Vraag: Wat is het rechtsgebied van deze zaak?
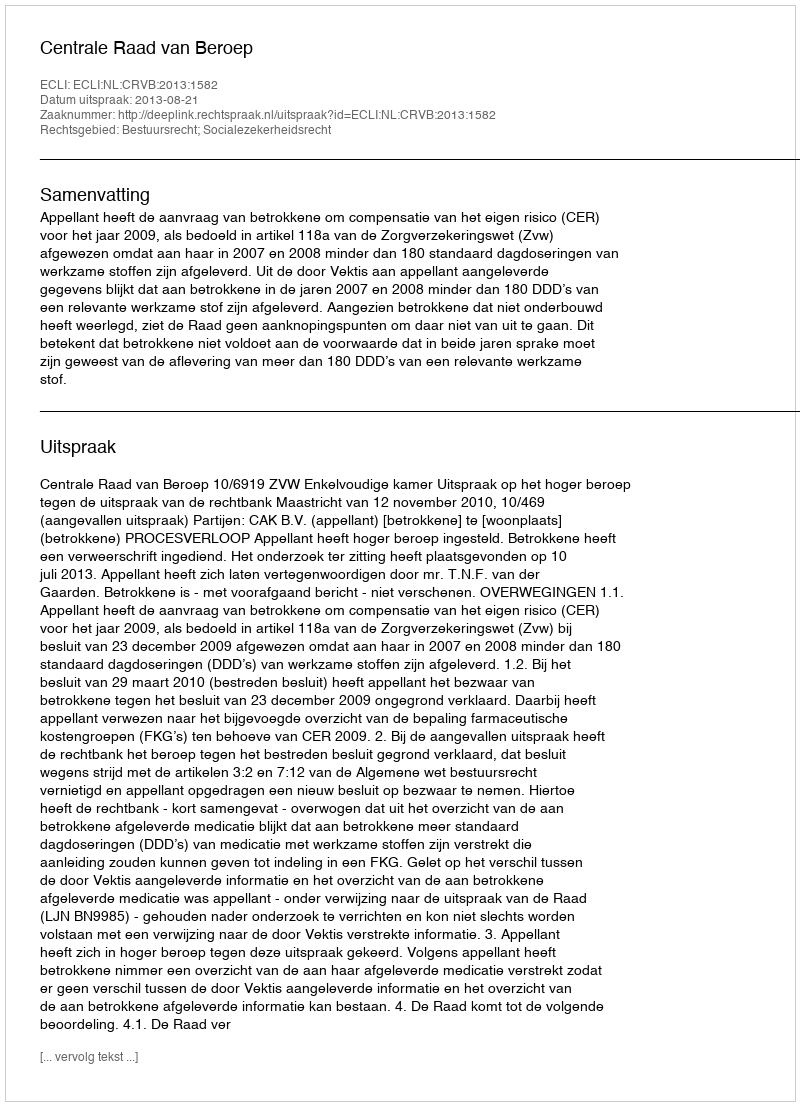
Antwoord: Bestuursrecht; Socialezekerheidsrecht